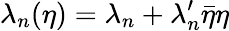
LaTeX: \lambda_{n}(\eta)=\lambda_{n}+\lambda_{n}^{\prime}\bar{\eta}\eta